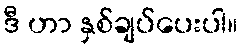
ဒီ ဟာ နှစ်ချပ်ပေးပါ။